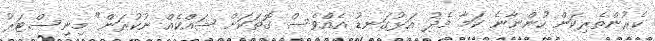
ކެރުންތެރިކަން ހުންނާނެ ކަމާ މެދު އަޅުގަނޑު އެއްވެސް ގޮތަކަށް ޝައްކެއް ނުކުރަން" މިނިސްޓަރު